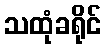
သထုံခရိုင်